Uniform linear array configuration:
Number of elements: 12
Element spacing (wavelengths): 0.75
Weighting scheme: uniform
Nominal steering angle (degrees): -60
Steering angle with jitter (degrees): -60.477
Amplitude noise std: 0.05
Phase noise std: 0.05

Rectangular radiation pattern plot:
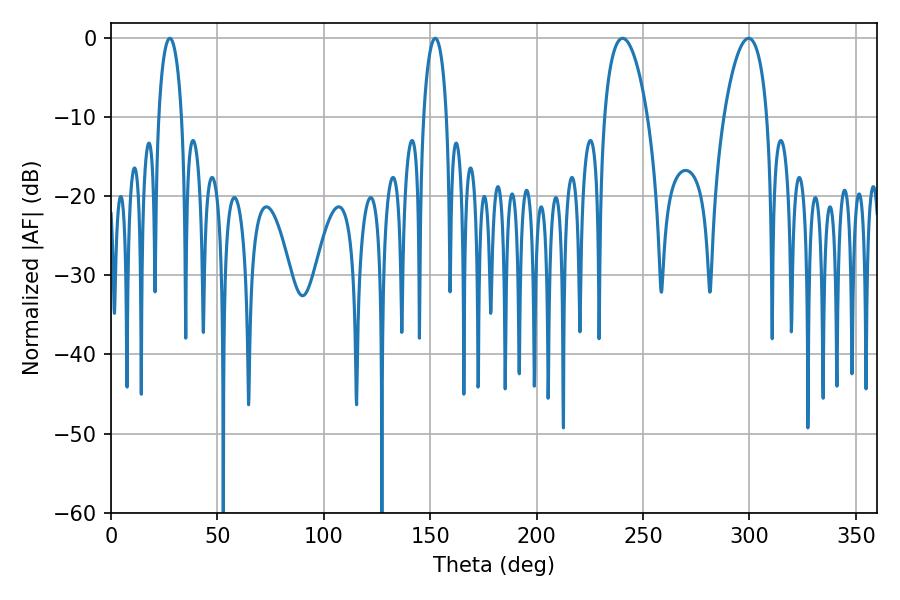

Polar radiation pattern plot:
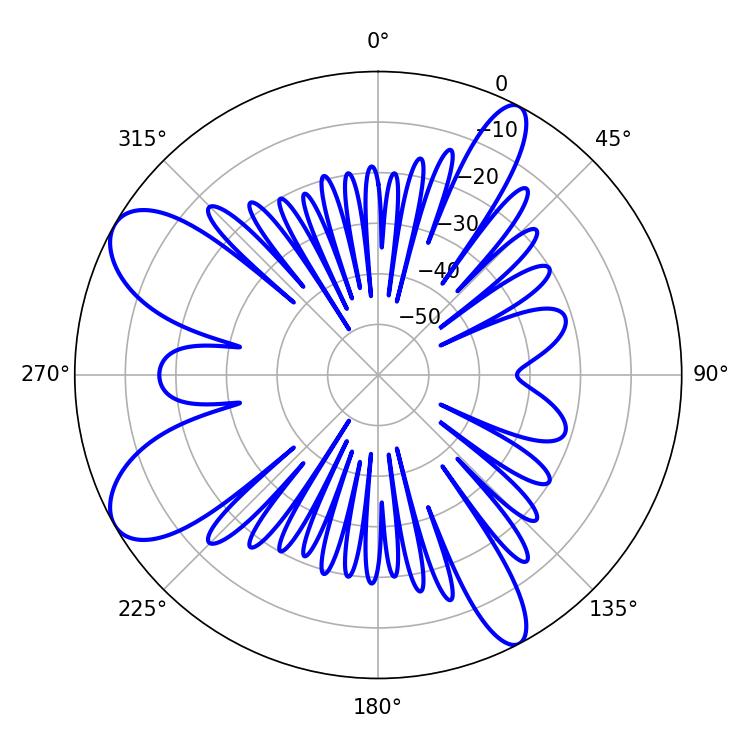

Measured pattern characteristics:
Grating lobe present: TRUE
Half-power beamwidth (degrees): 11.34
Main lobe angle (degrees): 240.3